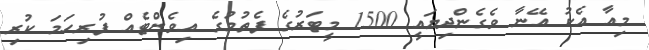
މިއާ އެކު އޭނާ ވެގެންދިޔައީ 1500 މީޓަރުގެ ފެތުމުގެ އިވެންޓެއް ފުރިހަމަ ކުރި